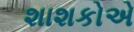
શાશકોએ